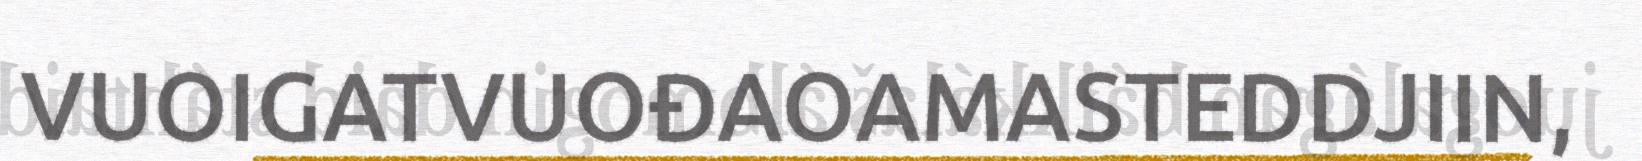
VUOIGATVUOĐAOAMASTEDDJIIN,